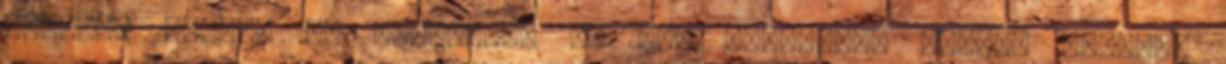
lemezei közül, de hazudnék, ha azt mondanám, betéve ismerem